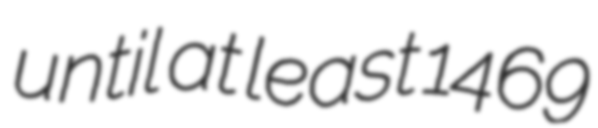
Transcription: until at least 1469